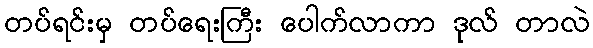
တပ်ရင်းမှ တပ်ရေးကြီး ပေါက်လာကာ ဒုလ် တာလဲ